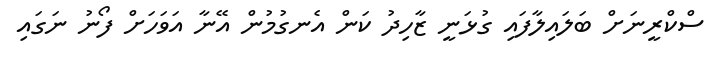
ސްކްރީނަށް ބަލައިލާފައި ގުޅަނީ ޒާހިދު ކަން އެނގުމުން އޭނާ އަވަހަށް ފޯނު ނަގައި